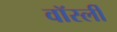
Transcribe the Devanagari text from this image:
वॉर्स्ली